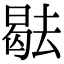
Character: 𭧑